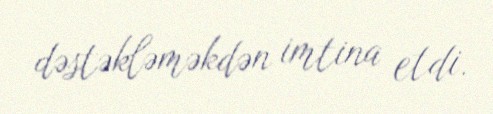
dəstəkləməkdən imtina etdi.